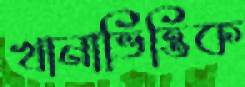
খানাভিত্তিক